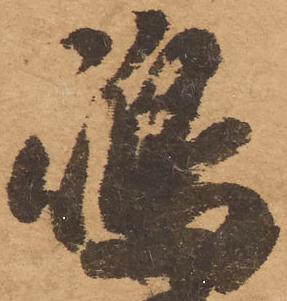
嶋